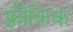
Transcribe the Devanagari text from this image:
फ़्रीकिक